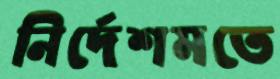
নির্দেশমতে